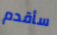
سأقدم